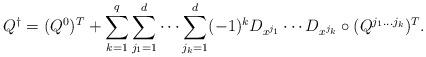
LaTeX: \begin{align*}Q^\dagger=(Q^0)^T+\sum\limits_{k=1}^q \sum\limits_{j_1=1}^d\cdots\sum\limits_{j_k=1}^d (-1)^k D_{x^{j_1}}\cdots D_{x^{j_k}}\circ(Q^{j_1\dots j_k})^T.\end{align*}